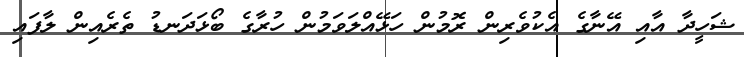
ޝަހީދާ އާއި އޭނާގެ އެކުވެރިން ރޮމުން ހަޅޭއްލަވަމުން ހުރާގެ ބޯޅަދަނޑު ތެރެއިން ލާފައި